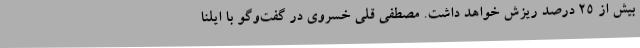
بیش از ۲۵ درصد ریزش خواهد داشت. مصطفی قلی خسروی در گفت‌وگو با ایلنا